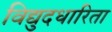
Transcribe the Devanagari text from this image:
विद्युदधारिता